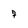
Character: 7